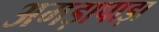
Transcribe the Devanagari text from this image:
अमड़ापाड़ा